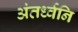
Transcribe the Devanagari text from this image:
अंतर्ध्वनि